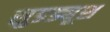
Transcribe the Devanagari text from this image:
सुडड्यूश